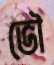
ভৌ